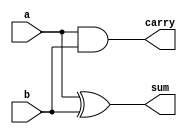
`timescale 1ns/1ns
module half_adder(input a, b,
			output sum, carry);
assign sum = a ^ b;
assign carry = a & b;

endmodule